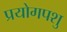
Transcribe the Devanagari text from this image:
प्रयोगपशु